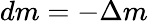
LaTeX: dm=-\Delta m